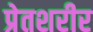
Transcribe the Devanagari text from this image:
प्रेतशरीर